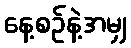
နေ့စဉ်နဲ့အမျှ